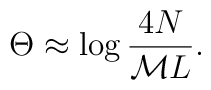
\Theta \approx \log \displaystyle\frac{4N}{{\cal M}L}.